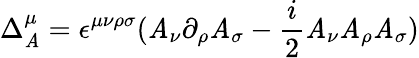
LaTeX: \Delta_{\mathit{A}}^{\mu}=\epsilon^{\mu\nu\rho\sigma}(\mathit{A}_{\nu}\partial_{\rho}\mathit{A}_{\sigma}-{\frac{{i}}{{2}}}\mathit{A}_{\nu}\mathit{A}_{\rho}\mathit{A}_{\sigma})